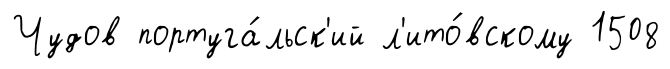
Чудов португа́льск'ий л'ито́вскому 1508